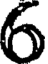
6